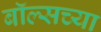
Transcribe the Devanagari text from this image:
बॉल्सच्या